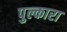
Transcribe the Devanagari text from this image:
पुल्कारा